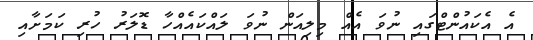
އެ އެކައުންޓްގައި ނުވަ އެއް މިލިއަން ނުވަ ލައްކައެއްހާ ޑޮލަރު ހުރި ކަމަށާއި